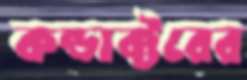
কন্ডাক্টরের